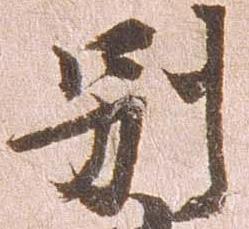
別